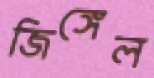
জিঙ্গেল